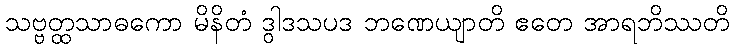
သဗ္ဗတ္ထသာဓကော မိနိတံ ဒွါဒသပဒ ဘဏေယျာတိ ဧတေ အာရဘိဿတိ